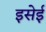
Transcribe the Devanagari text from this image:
इसेई